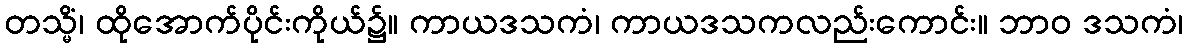
တသ္မိံ၊ ထိုအောက်ပိုင်းကိုယ်၌။ ကာယဒသကံ၊ ကာယဒသကလည်းကောင်း။ ဘာဝ ဒသကံ၊